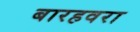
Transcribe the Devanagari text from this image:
बारहवरा